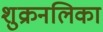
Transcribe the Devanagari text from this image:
शुक्रनलिका